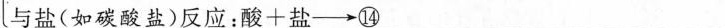
与盐(如碳酸盐)反应；酸+盐-→⑭_____